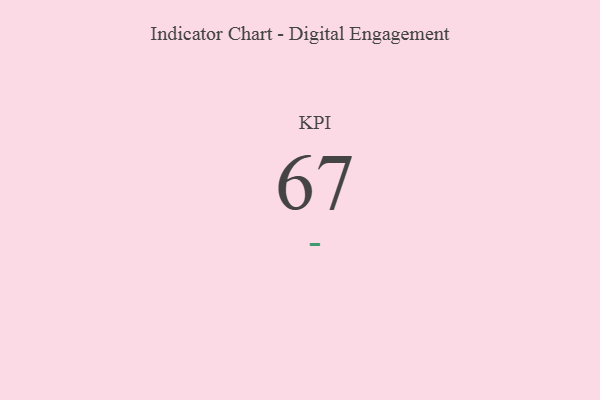
{"axis": {"x": "KPI", "y": "Value"}, "legend": [""], "data": [{"x": "KPI", "y": 67, "type": ""}]}